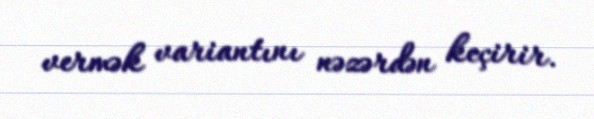
vermək variantını nəzərdən keçirir.